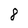
Character: 8